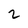
Character: 2